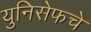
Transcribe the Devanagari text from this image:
युनिसेफचे